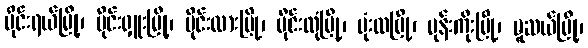
မိုင်းရယ်မြို့၊ မိုင်းရှူးမြို့၊ မိုင်းလားမြို့၊ မိုင်းလုံမြို့၊ မုံးထမြို့၊ မုန်းကိုးမြို့၊ မူဆယ်မြို့၊